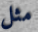
مثل